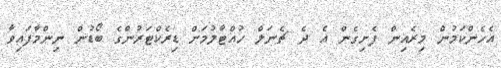
އެހެންކަމުން މިރެއިން ފެށިގެން އެ ދެ ޗެނަލް ހުއްޓާލުމަށް ޑިރެކްޓަރުންގެ ބޯޑުން ނިންމާފައިވާ